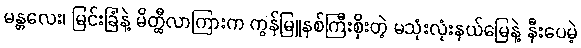
မန္တလေး၊ မြင်းခြံနဲ့ မိတ္ထီလာကြားက ကွန်မြူနစ်ကြီးစိုးတဲ့ မသုံးလုံးနယ်မြေနဲ့ နီးပေမဲ့